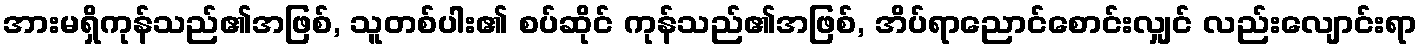
အားမရှိကုန်သည်၏အဖြစ်, သူတစ်ပါး၏ စပ်ဆိုင် ကုန်သည်၏အဖြစ်, အိပ်ရာညောင်စောင်းလျှင် လည်းလျောင်းရာ